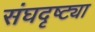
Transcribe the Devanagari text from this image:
संघदृष्ट्या